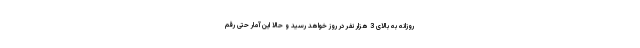
روزانه به بالای 3 هزار نفر در روز خواهد رسید و حالا این آمار حتی رقم